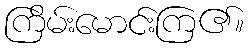
ကြိမ်းမောင်းကြ၏။